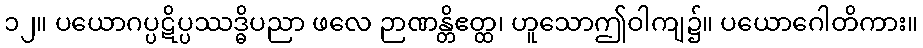
၁၂။ ပယောဂပ္ပဋိပ္ပဿဒ္ဓိပညာ ဖလေ ဉာဏန္တိဧတ္ထ၊ ဟူသောဤဝါကျ၌။ ပယောဂေါတိကား။